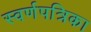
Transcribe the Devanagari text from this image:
स्वर्णपत्रिका